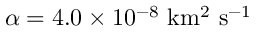
\alpha = 4 . 0 \times 1 0 ^ { - 8 } \ \mathrm { k m ^ { 2 } \ s ^ { - 1 } }